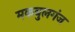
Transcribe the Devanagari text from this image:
मकबुलगंज